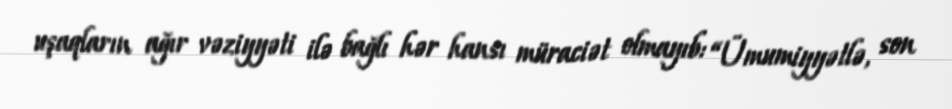
uşaqların ağır vəziyyəti ilə bağlı hər hansı müraciət olmayıb: “Ümumiyyətlə, son